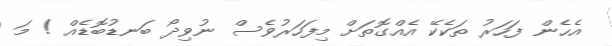
އެހެން ފަހަރު ތަކެކޭ އެއްގޮތަށް މިފަހަރުވެސް ނުވިދޯ ބަނޑުބޮޑެއް ! މަ